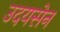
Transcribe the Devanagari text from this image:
उदयसेन